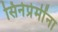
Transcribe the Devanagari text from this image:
सिनेप्रेमींना